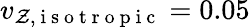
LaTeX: v_{\mathcal{Z},\mathrm{{~i~s~o~t~r~o~p~i~c~}}}=0.05